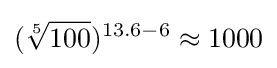
({\sqrt[{5}]{100}})^{13.6-6}\approx 1000